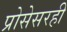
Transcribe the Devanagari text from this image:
प्रोसेसरही